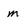
Character: m